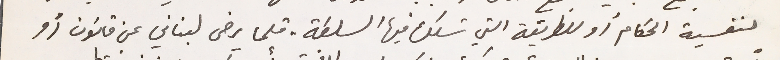
لنفسية الحكام أو للطريقة التي تسلك فيها السلطة. قلما يرضى لبناني عن قانون أو